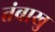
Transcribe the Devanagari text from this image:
तंबाखु